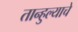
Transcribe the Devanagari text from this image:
तान्हुल्याचे